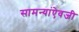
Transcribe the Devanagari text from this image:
सामन्यांऐवजी